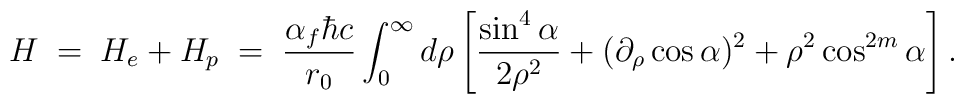
H \; = \; H_e + H_p \; = \; \frac{\alpha_f \hbar c}{r_0} \int_0^\infty{d\rho} \left[ \frac{\sin^4 \alpha}{2 \rho^2} + (\partial_\rho \cos \alpha)^2  + \rho^2 \cos^{2m} \alpha \right] .